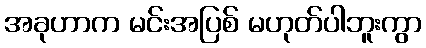
အခုဟာက မင်းအပြစ် မဟုတ်ပါဘူးကွာ